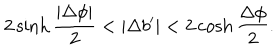
2 \sinh { \frac { | \Delta \phi | } { 2 } } < | \Delta b ^ { \prime } | < 2 \cosh { \frac { \Delta \phi } { 2 } } .